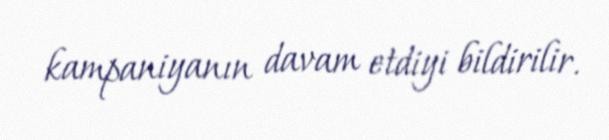
kampaniyanın davam etdiyi bildirilir.